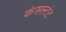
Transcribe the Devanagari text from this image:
कंसल्टंट